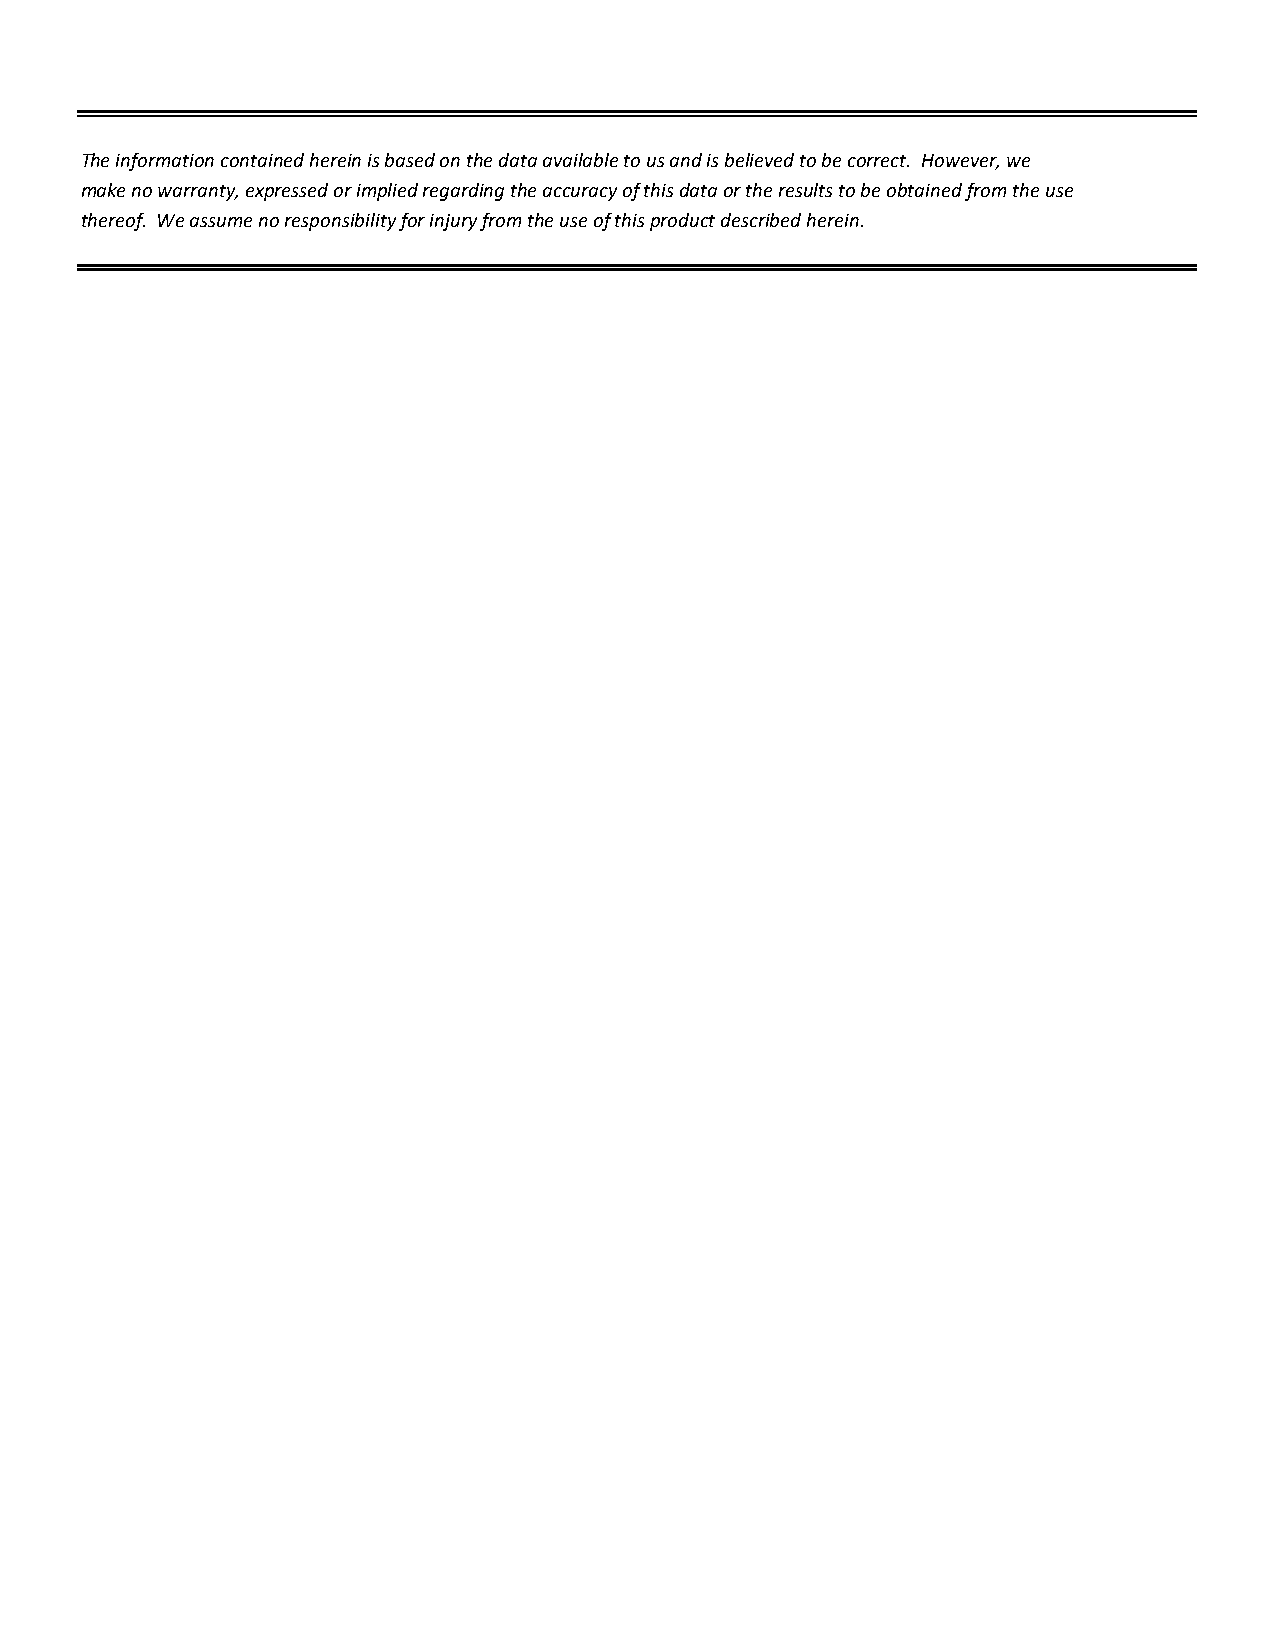
The information contained herein is based on the data available to us and is believed to be correct. However, we
 make no warranty, expressed or implied regarding the accuracy of this data or the results to be obtained from the use
 thereof. We assume no responsibility for injury from the use of this product described herein.